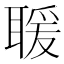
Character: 𦖵